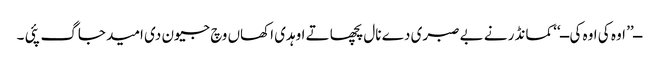
ــ’’ اوہ کی اوہ کی ــ‘‘ کمانڈر نے بے صبری دے نال پچھا تے اوہدی اکھاں وچ جیون دی امید جاگ پئی ۔